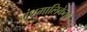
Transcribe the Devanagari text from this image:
ग्रंथमालिकेतून